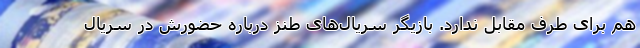
هم برای طرف مقابل ندارد. بازیگر سریال‌های طنز درباره حضورش در سریال